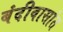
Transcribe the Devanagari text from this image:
बंदीवासांत